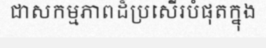
ជាសកម្មភាពដ៏ប្រសើរបំផុតក្នុង